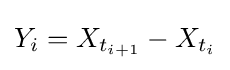
Y_{i}=X_{t_{i+1}}-X_{t_{i}}